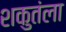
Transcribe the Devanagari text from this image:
शकुतंला